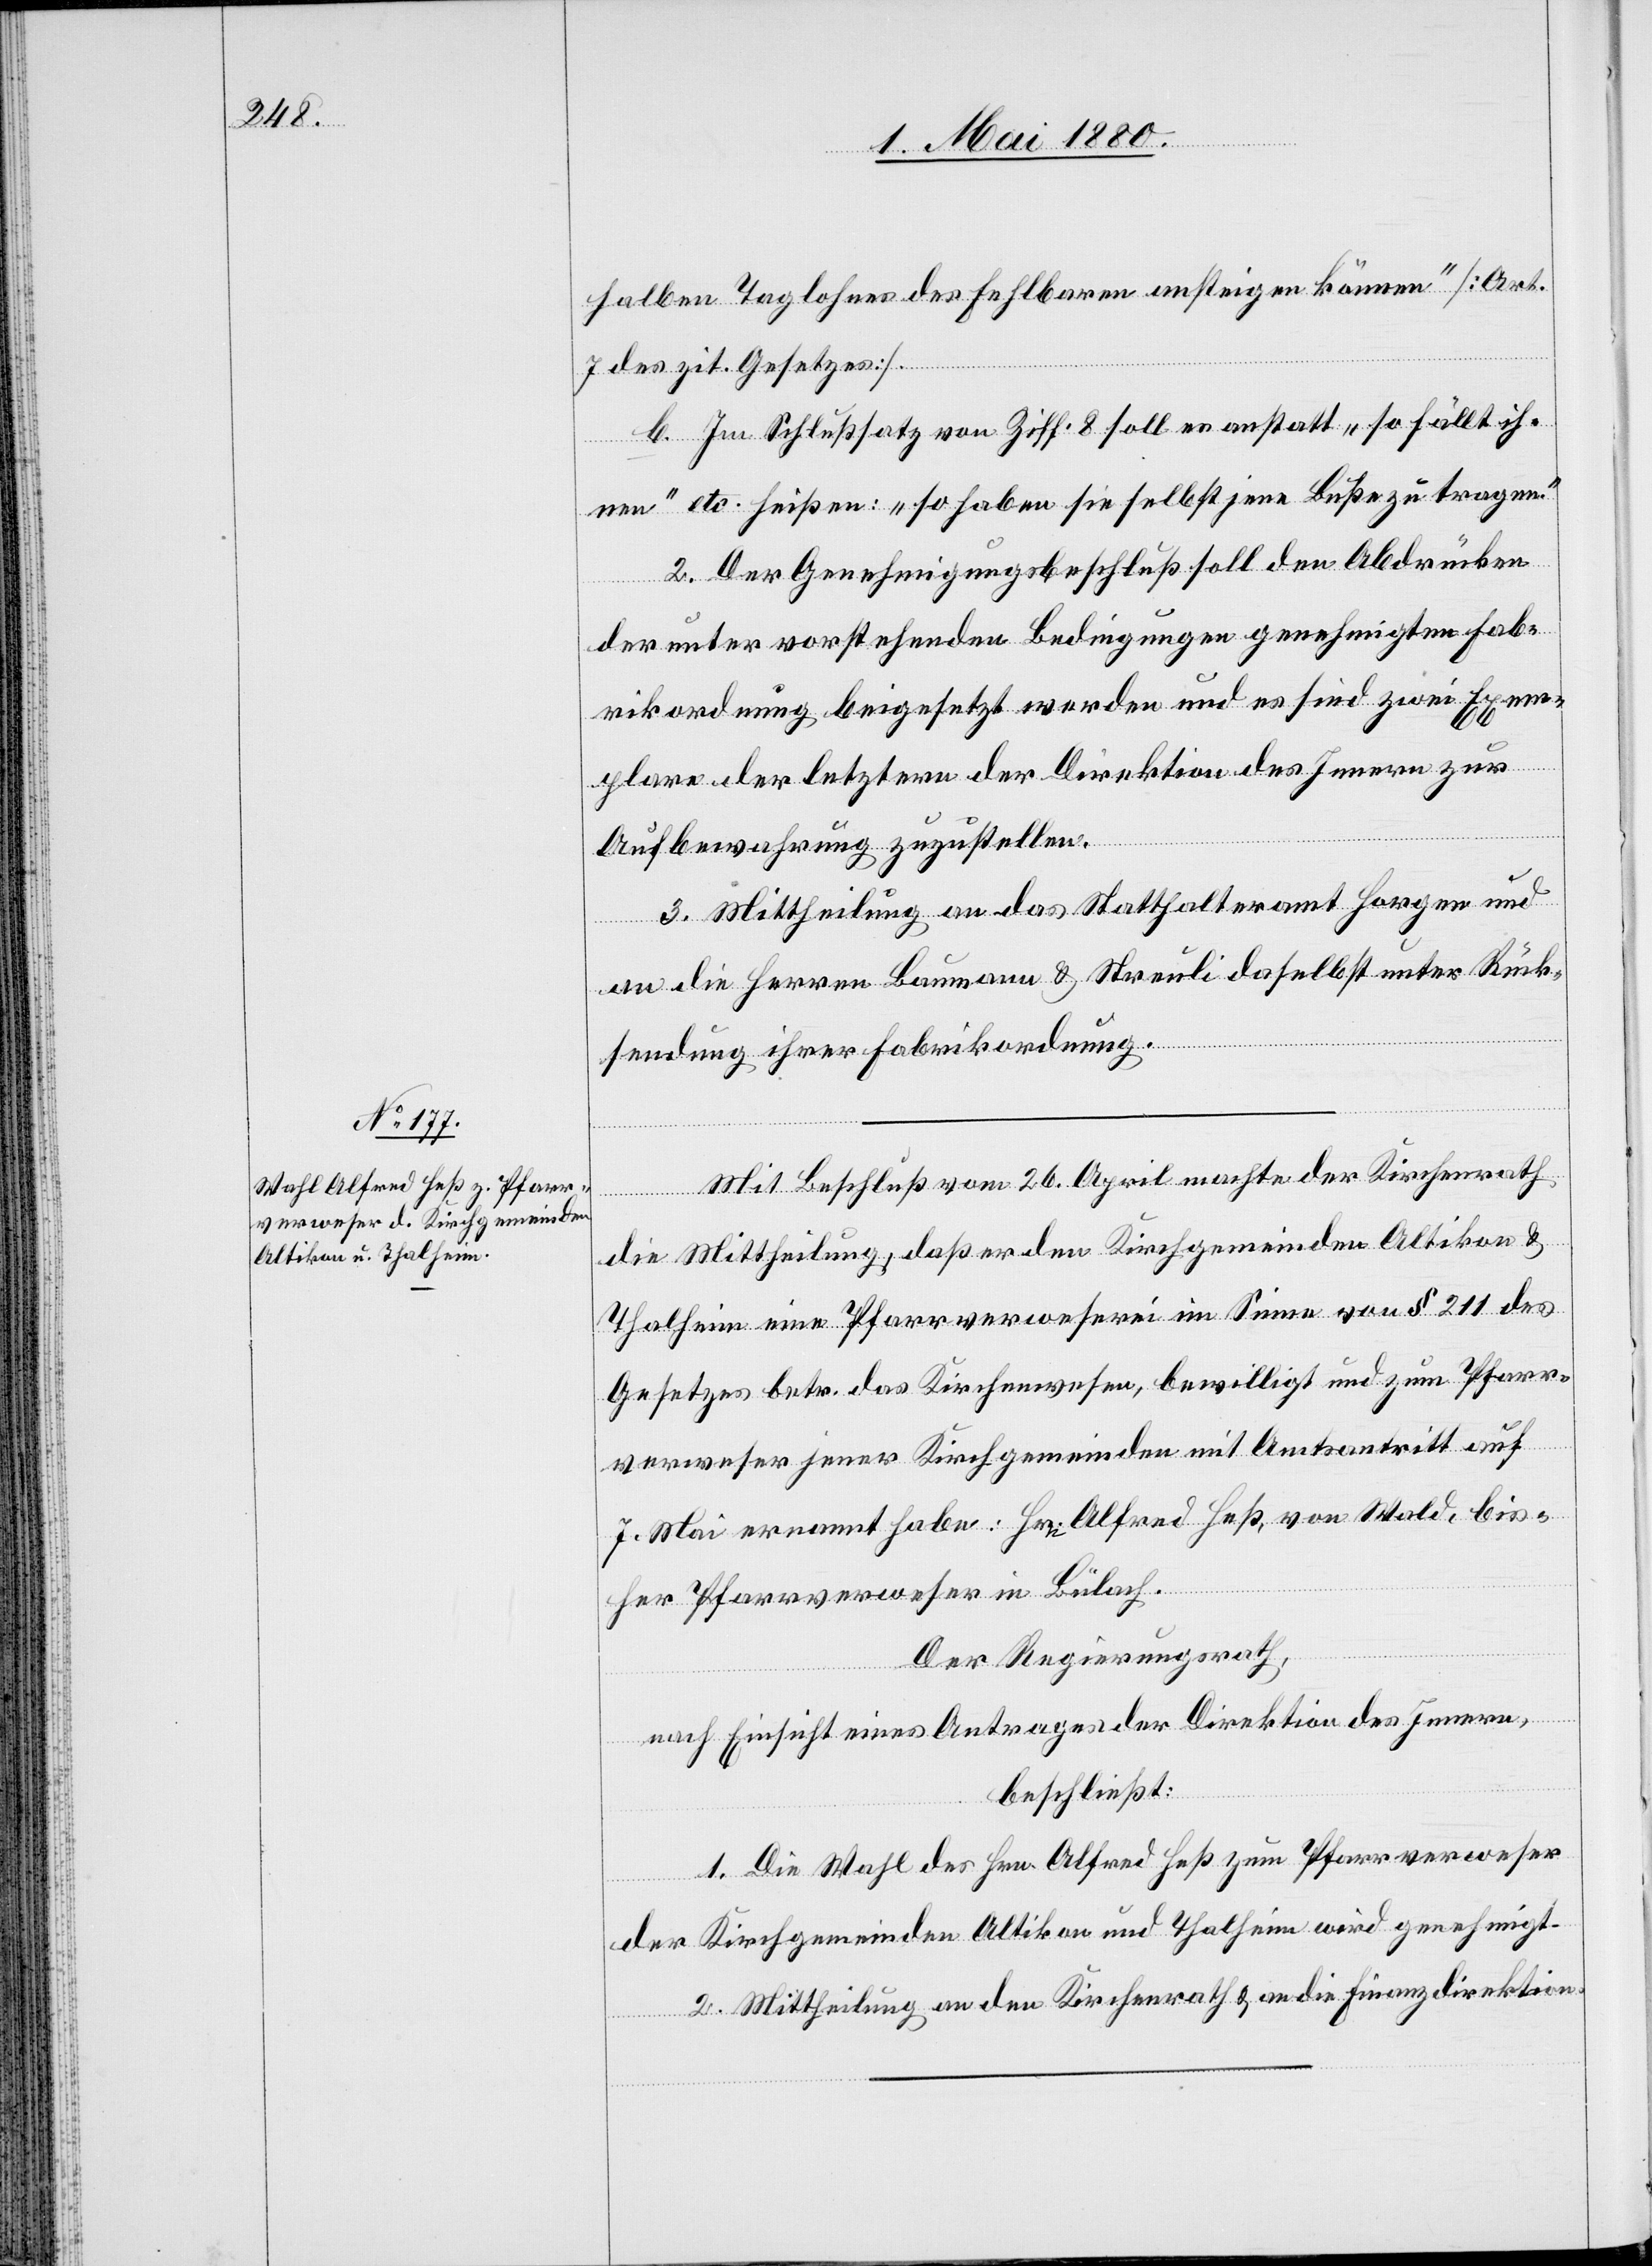
halben Taglohnes des Fehlbaren ansteigen können“ [Art.
7 des zit. Gesetzes]
b. Im Schlußsatz von Ziff. 8 soll es anstatt „so fällt ih¬
nen“ etc. heißen: „so haben sie selbst jene Buße zu tragen.“
2. Der Genehmigungsbeschluß soll den Abdrücken
der unter vorstehenden Bedingungen genehmigten Fab¬
rikordnung beigesetzt werden und es sind zwei Exem¬
plare der letztern der Direktion des Innern zur
Aufbewahrung zuzustellen.
3. Mittheilung an das Statthalteramt Horgen und
an die Herren Baumann & Streuli daselbst unter Rück¬
sendung ihrer Fabrikordnung.
Mit Beschluß vom 26. April machte der Kirchenrath
die Mittheilung, daß er den Kirchgemeinden Altikon &
Thalheim eine Pfarrverweserei im Sinne von § 211 des
Gesetzes betr. das Kirchenwesen, bewilligt und zum Pfarr¬
verweser jener Kirchgemeinden mit Amtsantritt auf
7. Mai ernannt habe. Hrn. Alfred Heß, von Wald, bis¬
her Pfarrverweser in Bülach.
Der Regierungsrath,
nach Einsicht eines Antrages der Direktion des Innern,
beschließt:
1. Die Wahl des Hrn. Alfred Heß zum Pfarrverweser
der Kirchgemeinden Altikon und Thalheim wird genehmigt.
2. Mittheilung an den Kirchenrath & an die Finanzdirektion.